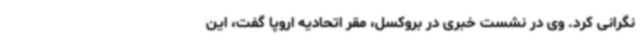
نگرانی کرد. وی در نشست خبری در بروکسل، مقر اتحادیه اروپا گفت، این